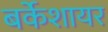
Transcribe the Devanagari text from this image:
बर्केशायर